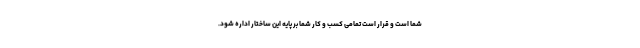
شما است و قرار است تمامی کسب و کار شما بر پایه این ساختار اداره شود.